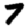
Digit: 7